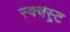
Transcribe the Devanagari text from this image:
स्क्वस्र्ट